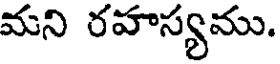
మని రహస్యము.